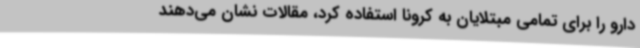
دارو را برای تمامی مبتلایان به کرونا استفاده کرد، مقالات نشان می‌دهند